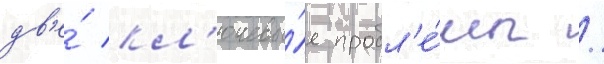
дв'е́ кл'ючевы́е пробл'е́мы /